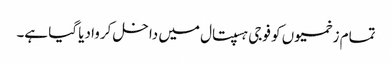
تمام زخمیوں کو فوجی ہسپتال میں داخل کروا دیا گیا ہے۔